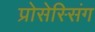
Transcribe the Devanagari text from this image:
प्रोसेस्सिंग